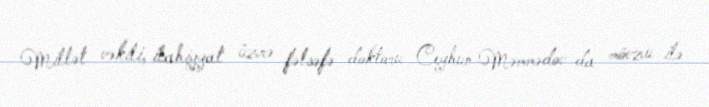
Millət vəkili, ilahiyyat üzrə fəlsəfə doktoru Ceyhun Məmmədov da mövzu ilə